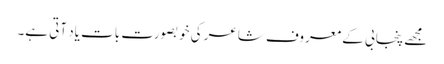
مجھے پنجابی کے معروف شاعر کی خوبصورت بات یاد آتی ہے۔